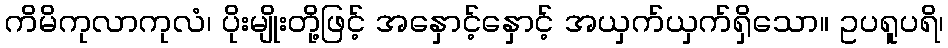
ကိမိကုလာကုလံ၊ ပိုးမျိုးတို့ဖြင့် အနှောင့်နှောင့် အယှက်ယှက်ရှိသော။ ဥပရူပရိ၊